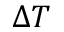
\Delta T